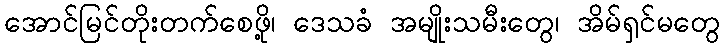
အောင်မြင်တိုးတက်စေဖို့၊ ဒေသခံ အမျိုးသမီးတွေ၊ အိမ်ရှင်မတွေ